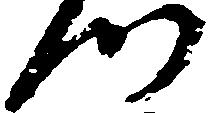
つ